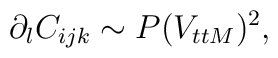
\partial_{l}C_{ijk} \sim P (V_{ttM})^{2},